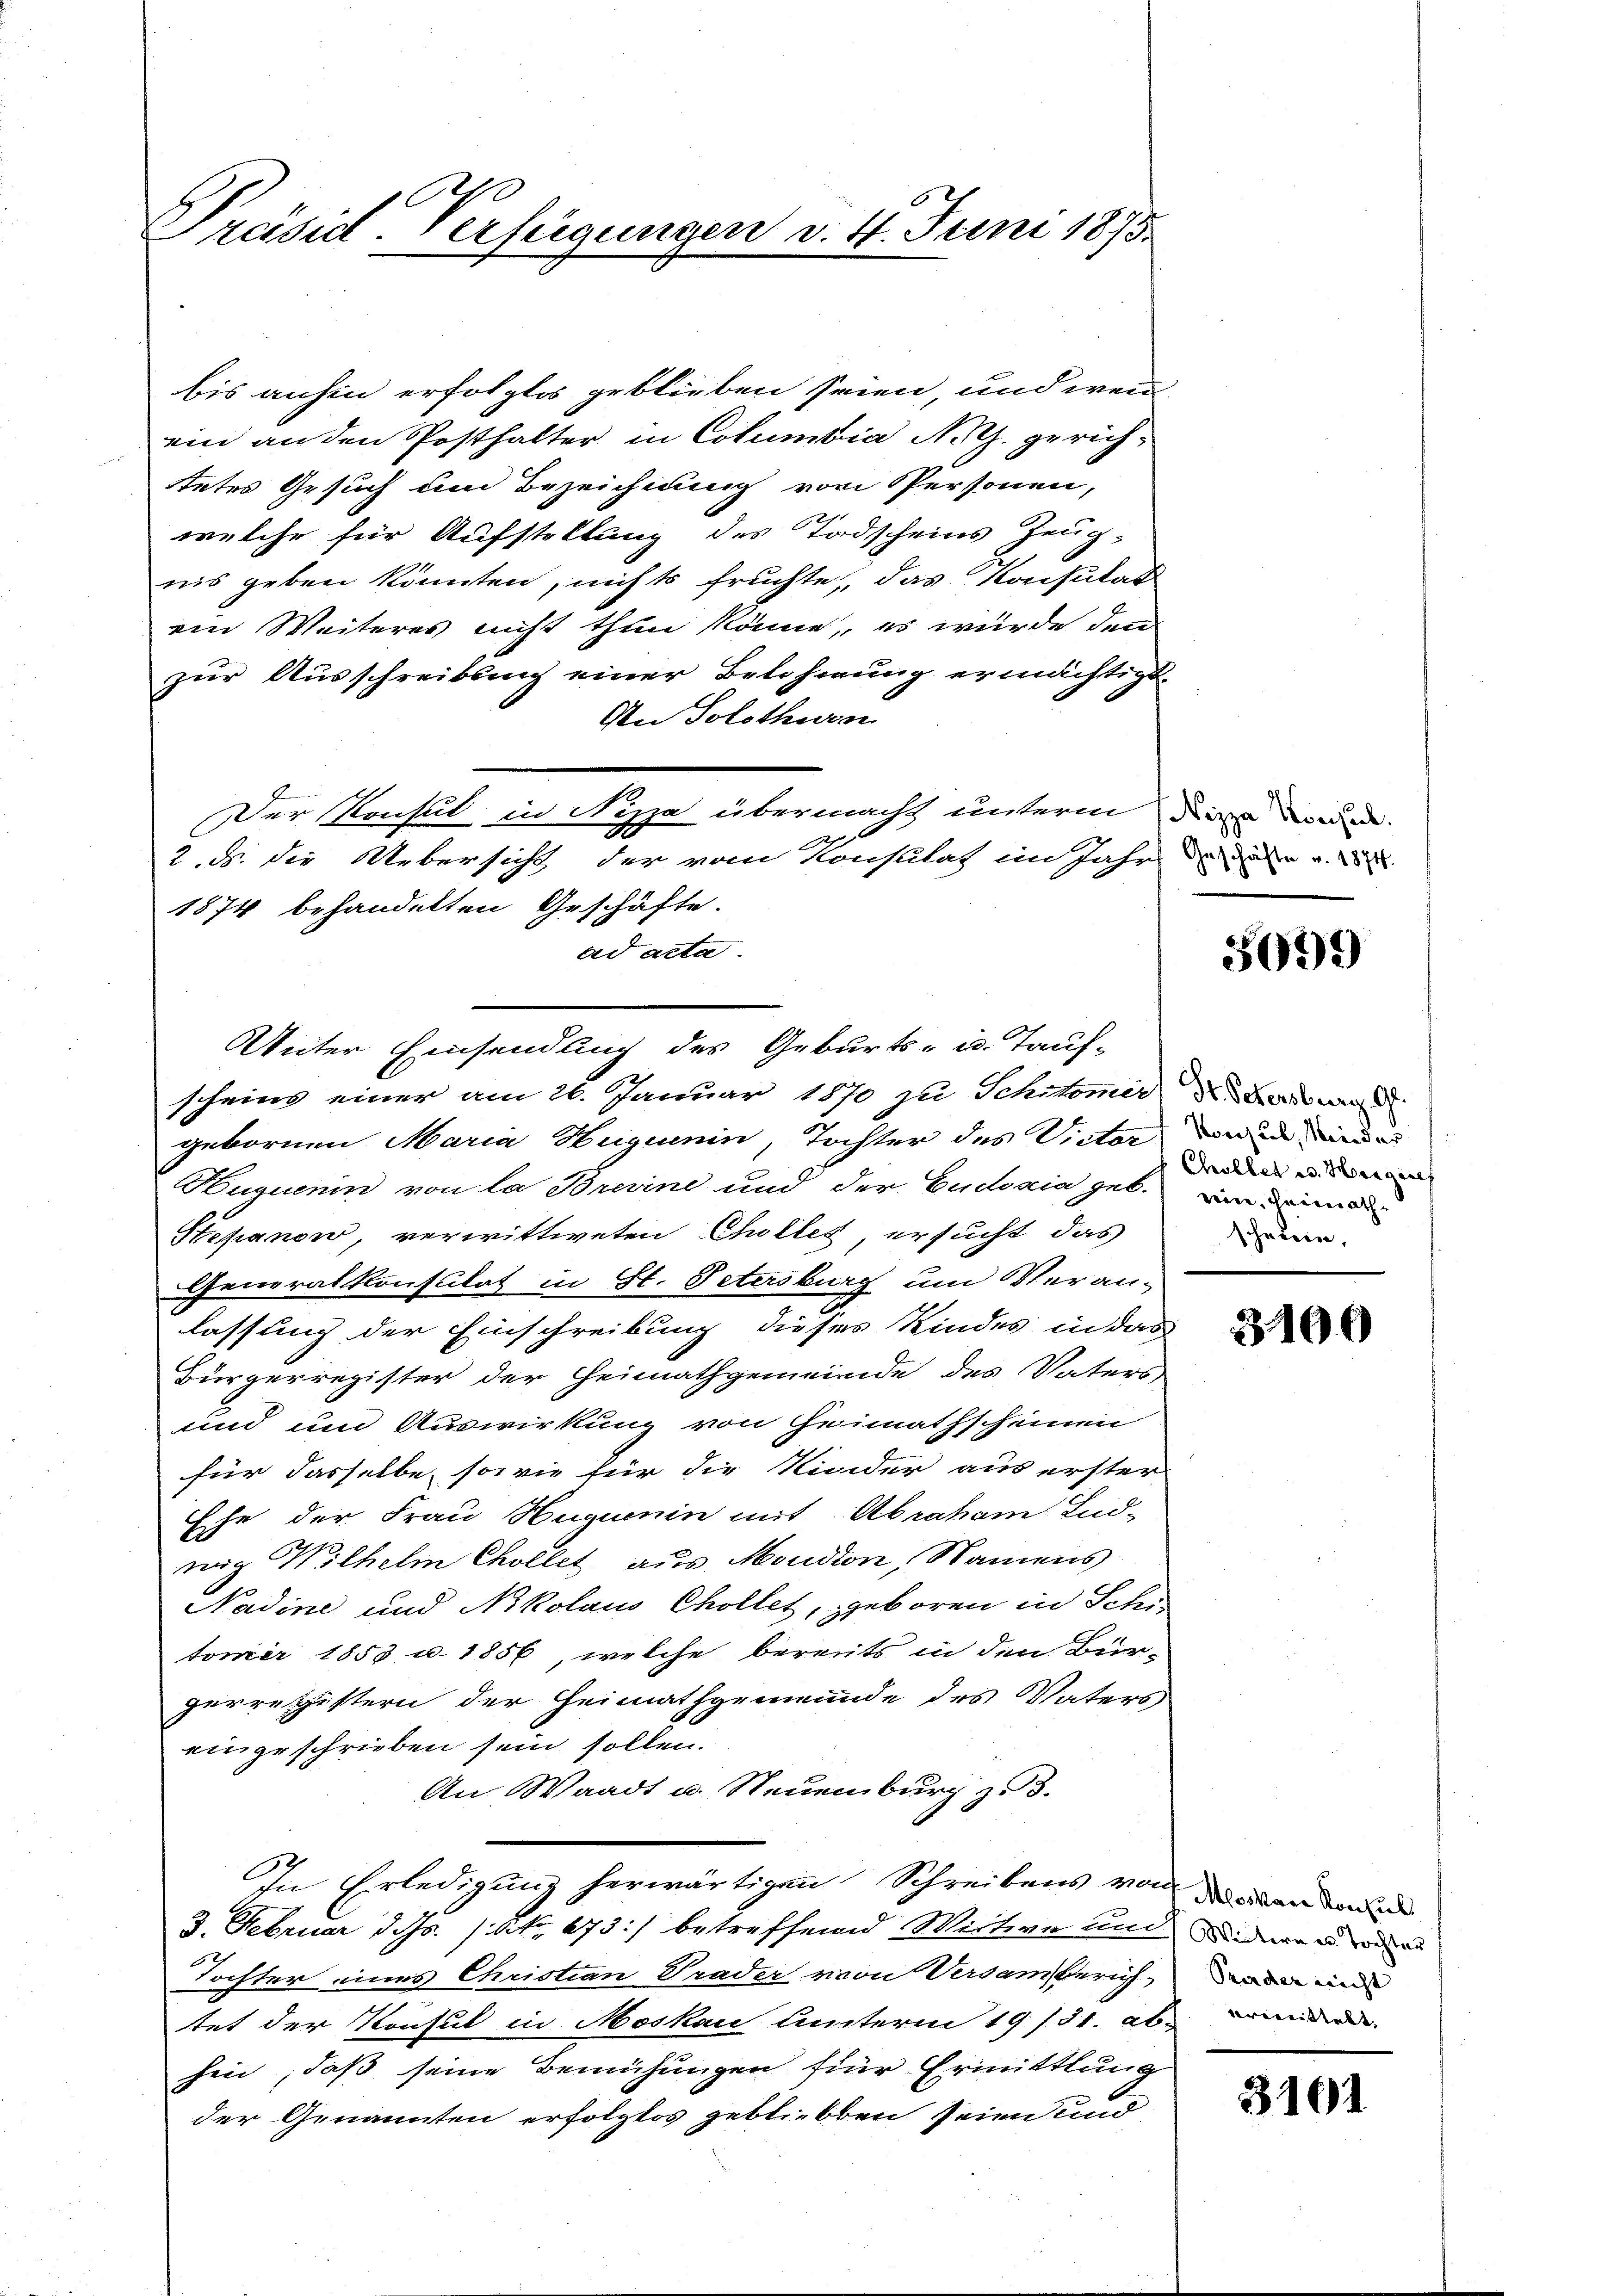
Präsid-Verfügungen v. 4. Juni 1875.

bis anhin erfolglos geblieben seien, und wenn
ein an den Posthalter in Columbia, Noth gerichtetes Gesuch um Bezeichnung vom Personen,
welche für Aufstellung des Todscheins Zeug-
nis geben könnten, nichts fruchte, das Konsulat
ein Weiteres nicht thun könne, es wurde den
zur Ausschreibung einer Belohnung ermächtigt.
An Solothurn
Der Konsul in Nizza übermacht unterm Sinn worder
2. d. die Uebersicht der vom Konsulat im Jahr de der v. 2
1874 behandelten Geschäfte.
ad acta
scheins einer am 26. Januar 1870 zu Schitomie, d. Berner
gebornen Maria Hugenin, Tochter des Victor vnnd dur
Huquenin von la Brevine und der Eudoxia geb.
Stepanow, verwittweten Cholleg, ersucht das
Generalkonsulat in St. Petersburg um Veran-
lassung der Einschreibung dieses Kindes in das
Bürgerregister der Heimathgemeinde des Vaters
und und Auswirkung von Heimathscheinen
für dasselbe, sowie für die Kinder aus erster
Ehe der Frau Huguenin mit Abraham Lud-
nig Wilhelm Chollet aus Moudon, Namens
Nadine und Nikolaus Chollet, geboren in Scher
tonier 1853 u. 1856, welche bereits in den Bür-
gerregistern der Heimathgemeinde des Vaters
eingeschrieben sein sollen.
An Waadt u. Neuenburg zu 3.
In Erledigung herwärtigen Schreibens von werden da
3. Februar d. Js. (Vit. 673:/ betreffend Wittwe und idee u
Tochter eines Christian Grader von Versamerich, un
tet der Konsul in Moskau unterm 19/31. ab andern
hin, daß seine Bemühungen für Ermittlung
der Genannten erfolgtos geblieben seien und

Unter Einsendung des Geburts- u. Tauf-

5699

Chollet es Hergaref
ein, Heimathschrein,

3400

3101